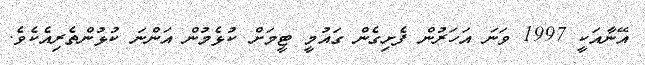
އޭނާއަކީ 1997 ވަނަ އަހަރުން ފެށިގެން ގައުމީ ޓީމަށް ކުޅެމުން އަންނަ ކުޅުންތެރިއެކެވެ.